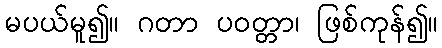
မပယ်မူ၍။ ဂတာ ပဝတ္တာ၊ ဖြစ်ကုန်၍။